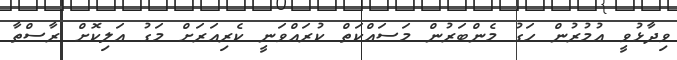
ވިދާޅުވީ އުމުރުން ހަގު މެންބަރުން މަސައްކަތް ކުރައްވަނީ ކެރިއަރަށް މަގު އަލިކޮށް ރާސްތާ